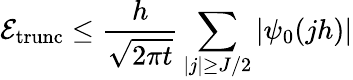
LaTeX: \mathcal{E}_{\mathrm{trunc}}\leq\frac{h}{\sqrt{2\pi t}}\sum_{|j|\geq J/2}|\psi_{0}(jh)|